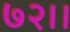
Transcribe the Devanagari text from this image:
७२।।